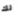
لك